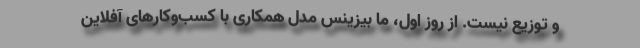
و توزیع نیست. از روز اول، ما بیزینس مدل همکاری با کسب‌وکارهای آفلاین